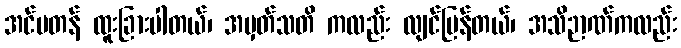
အင်မတန် ထူးခြားပါတယ်၊ အမှတ်သတိ ကလည်း လျင်မြန်တယ်၊ အသိဉာဏ်ကလည်း